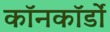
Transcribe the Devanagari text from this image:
कॉनकॉर्डों